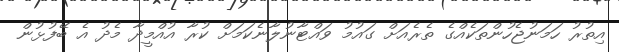
އިތުރު ހަމަނުޖެހުންތަކެއްގެ ތެރެއަށް ގައުމު ވައްޓާނުލާނެކަމަށް ކުރާ އުއްމީދާ މެދު އެ ބޭފުޅުން